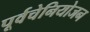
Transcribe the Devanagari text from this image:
पूर्वचेनियोजन